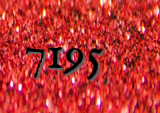
7195